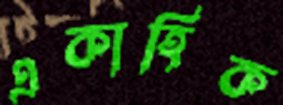
একাহিক